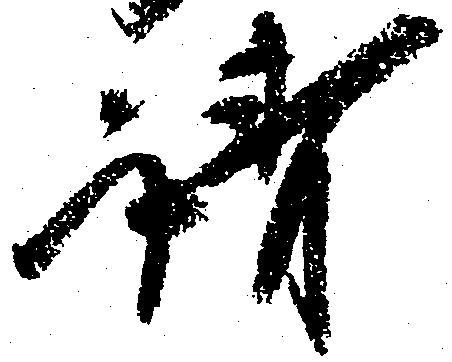
請